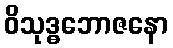
ဝိသုဒ္ဓဘောဇနော